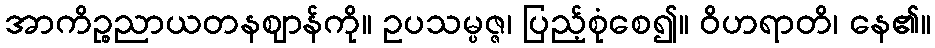
အာကိဉ္စညာယတနဈာန်ကို။ ဥပသမ္ပဇ္ဇ၊ ပြည့်စုံစေ၍။ ဝိဟရာတိ၊ နေ၏။